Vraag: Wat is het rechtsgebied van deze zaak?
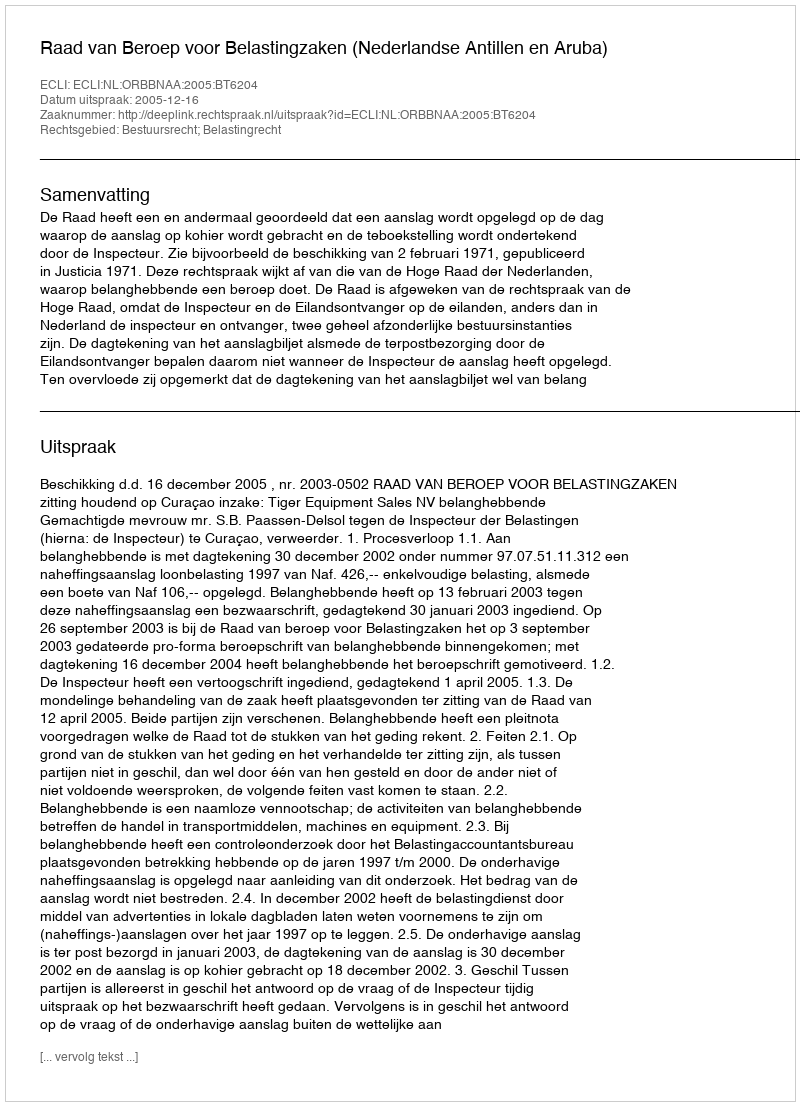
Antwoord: Bestuursrecht; Belastingrecht